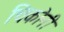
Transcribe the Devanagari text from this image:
चिकोनी